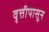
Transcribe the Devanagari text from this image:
वृत्तीपासून